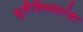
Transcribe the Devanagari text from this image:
भूवैशिष्ट्यांचा